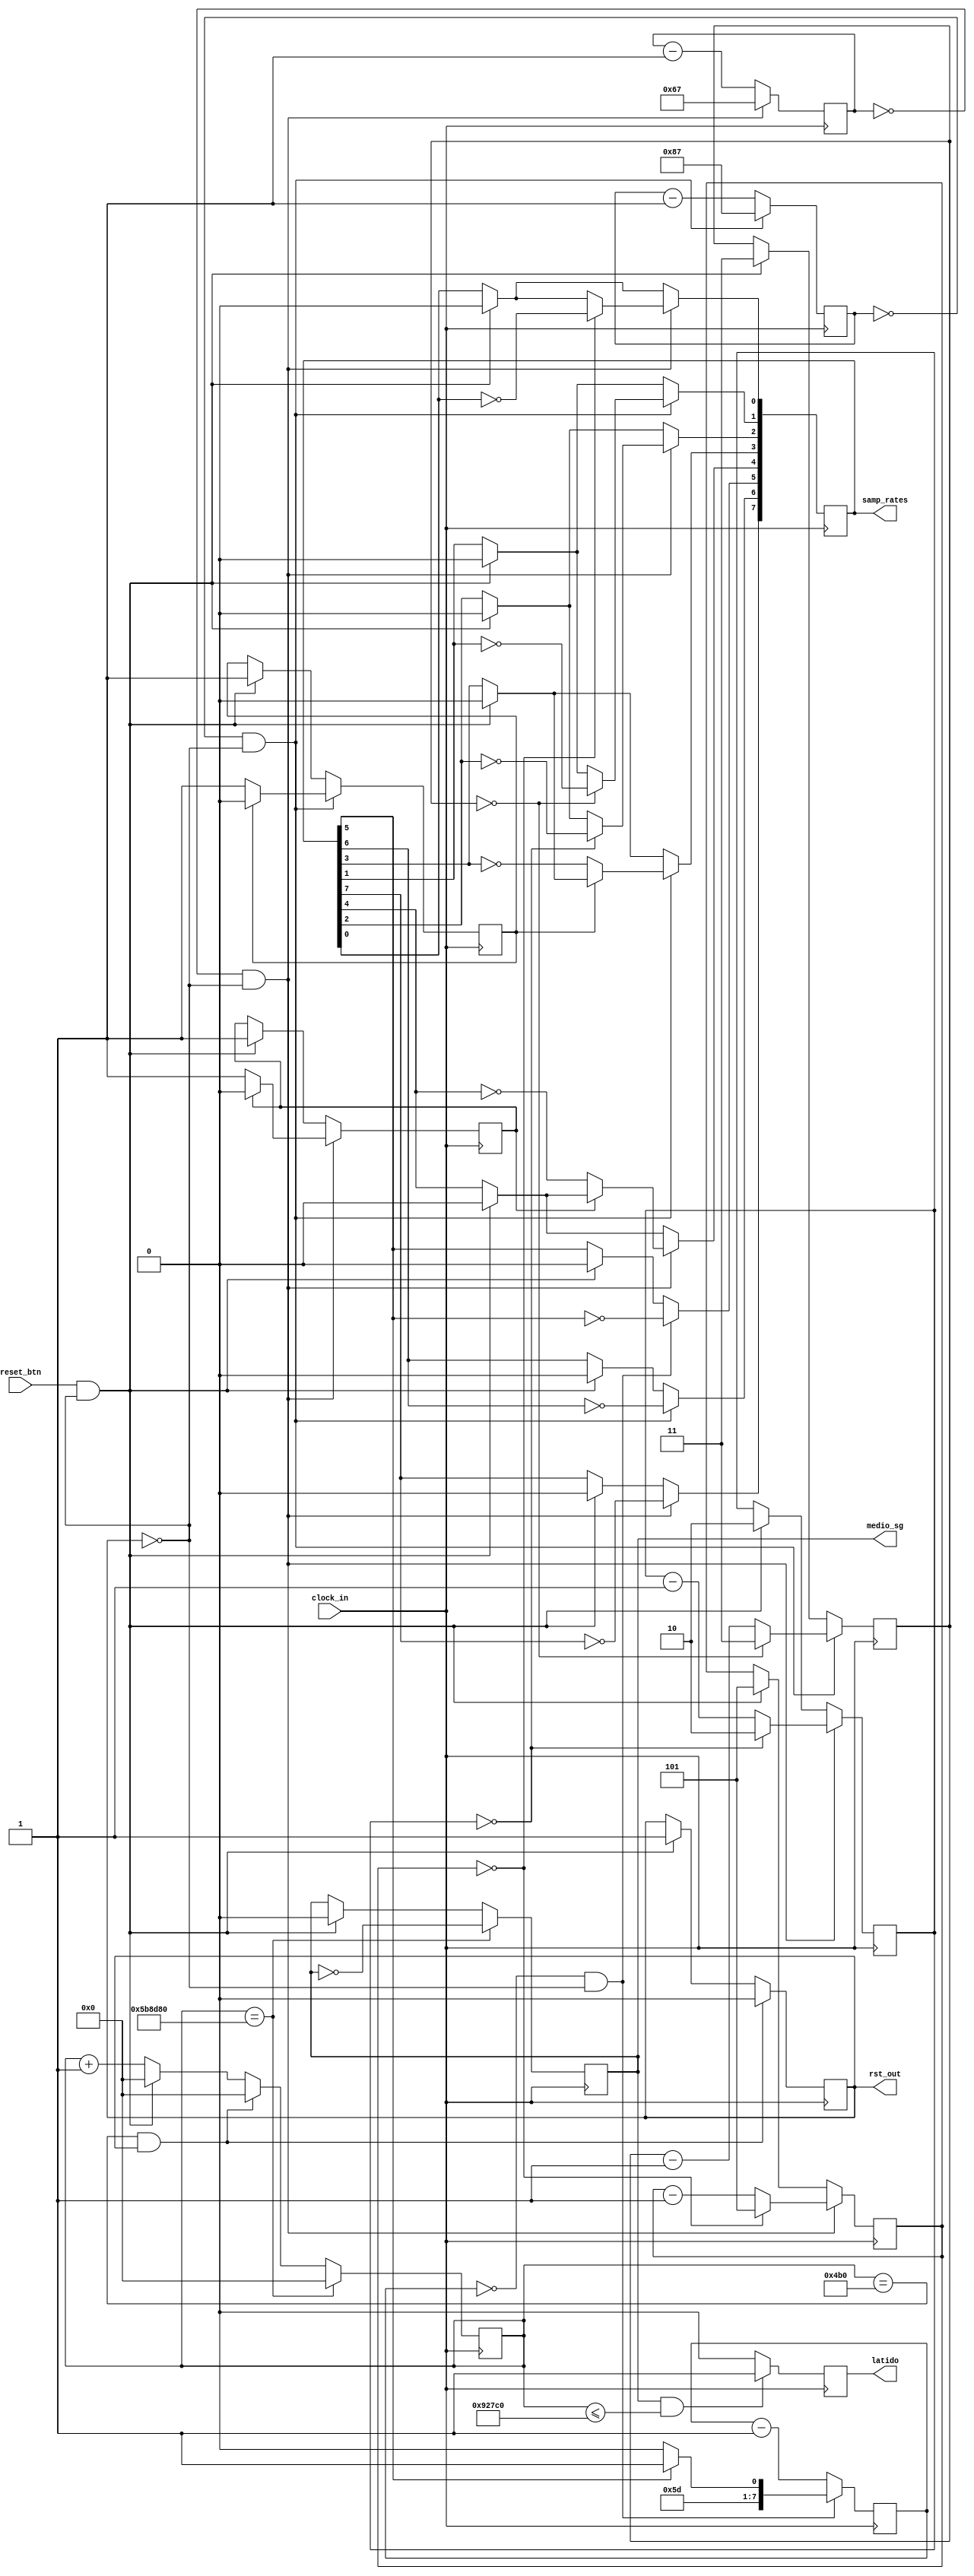
module temporizador(
    input  clock_in,
    input  reset_btn,
    output medio_sg,		            // Toggle cada medio segundo
    output rst_out,		                // Vale 1 si hubo reset por 100 uSg desde que suelto el botón
    output [7:0] samp_rates,            // 48, 44.1, 32, 24, 22.05, 16, 11.025, 8 KHz
    output latido		                // Prende por 100 mSg cada segundo
);
    
    localparam CLKS_48K = 103;          // ciclos de reloj por semiperiodo de 48 KHz

    reg [25:0] counter = 26'b0;         // Counter register - hwclk: 12MHz -> max counter 12e6
    reg [6:0] counter48K = CLKS_48K;    // Counter register 48 KSpS
    reg counter24K = 1'b1;              // Counter register 24 KSpS
    reg [1:0] counter16K = 2'd2;        // Counter register 16 KSpS
    reg [2:0] counter8K = 3'd5;         // Counter register 8 KSpS
    reg [7:0] counter32K = 8'd155;      // Counter register 32 KSpS
    reg [7:0] counter44K = 8'd112;      // Counter register 44.1 KSpS
    reg counter22K = 1'b1;              // Counter register 22.05 KSpS
    reg [1:0] counter11K = 2'd3;        // Counter register 11.025 KSpS
    reg medio_sg_reg = 1'b0;
    reg rst_out_reg = 1'b0;

    /* --------------- Assignments --------------- */

    assign medio_sg = medio_sg_reg;
    assign rst_out = rst_out_reg;

    always @ (posedge clock_in) begin

        counter <= counter + 1;
        // ¿Botón de reset oprimido?
        if (reset_btn && !rst_out_reg) begin
            counter      <= 26'd0;
            latido       <= 1'b0;
            medio_sg_reg <= 0;
            rst_out_reg  <= 1'b1;
            samp_rates   <= 8'b0;
            counter48K   <= CLKS_48K;
            counter24K   <= 1'b1;
            counter16K   <= 2'd2;
            counter8K    <= 3'd5;
            counter32K   <= 8'd186;
            counter44K   <= 8'd135;
            counter22K   <= 1'b1;
            counter11K   <= 2'd3;
        end

        // Antirebote de botón reset, temporiza 100 uSg.
        if ( counter == 26'd1200 && rst_out_reg ) begin
            counter <= 26'd0;
            rst_out_reg <= 1'b0;
        end
	
	    // seconds counter
        if ( counter == 26'd6000000 ) begin
            counter <= 26'd0;
            medio_sg_reg <= ~medio_sg_reg;      // Pasó 0.5 Sg Toggle
            latido <= (medio_sg_reg) ? 1'b1 : 1'b0;
        end
        
        latido <= ((medio_sg_reg == 1'b1) && (counter <= 26'd600000)) ? 1'b1 : 1'b0;
        
        // 48 KHz
        if (counter48K == 7'd0 && !rst_out_reg) begin
            counter48K <= CLKS_48K;
            samp_rates[7] <= ~samp_rates[7];
            
            // 24 KHz
            if (counter24K == 1'b0) begin
                counter24K <= 1'b1;
                samp_rates[4] <= ~samp_rates[4];
            end
            else begin
                counter24K <= 1'b0;
            end
            
            // 16 KHz
            if (counter16K == 2'd0) begin
                counter16K <= 2'd2;
                samp_rates[2] <= ~samp_rates[2];
            end
            else begin
                counter16K <= counter16K - 1;
            end

            // 8 KHz
            if (counter8K == 3'd0) begin
                counter8K <= 3'd5;
                samp_rates[0] <= ~samp_rates[0];
            end
            else begin
                counter8K <= counter8K -1;
            end
        end
        else begin
            counter48K <= counter48K - 1;
        end
        
        // 32 KHz
        if (counter32K == 8'd0 && !rst_out_reg) begin
            counter32K <= samp_rates[5] ? 8'd187: 8'd186;
            samp_rates[5] <= ~samp_rates[5];
        end
        else begin
            counter32K <= counter32K - 1;
        end
                
        // 44.1 KHz
        if (counter44K == 8'd0 && !rst_out_reg) begin
            counter44K <= 8'd135;     // 44.1178 Khz, 0.0403 % de error (acelera)
            samp_rates[6] <= ~samp_rates[6];

            // 22.05 KHz (22.0589 KHz, 0,0403 % de error en exceso)
            if (counter22K == 3'd0) begin
                counter22K <= 1'b1;
                samp_rates[3] <= ~samp_rates[3];
            end
            else begin
                counter22K <= 1'b0;
            end

            // 11.025 KHz (11.0294 KHz, 0,0399 % de error en exceso)
            if (counter11K == 2'd0) begin
                counter11K <= 2'd3;
                samp_rates[1] <= ~samp_rates[1];
            end
            else begin
                counter11K <= counter11K -1;
            end

        end
        else begin
            counter44K <= counter44K - 1;
        end
                
    end    

endmodule